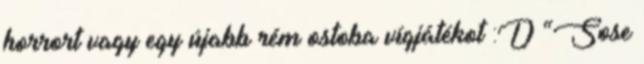
horrort vagy egy újabb rém ostoba vígjátékot :D “Sose